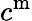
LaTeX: c^{\mathrm{m}}